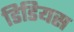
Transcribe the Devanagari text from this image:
डिडियस